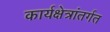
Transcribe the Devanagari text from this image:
कार्यक्षेत्रांतर्गत